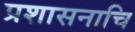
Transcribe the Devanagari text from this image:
प्रशासनाचि